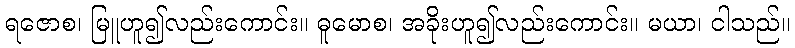
ရဇောစ၊ မြူဟူ၍လည်းကောင်း။ ဓူမောစ၊ အခိုးဟူ၍လည်းကောင်း။ မယာ၊ ငါသည်။